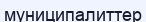
муниципалиттер